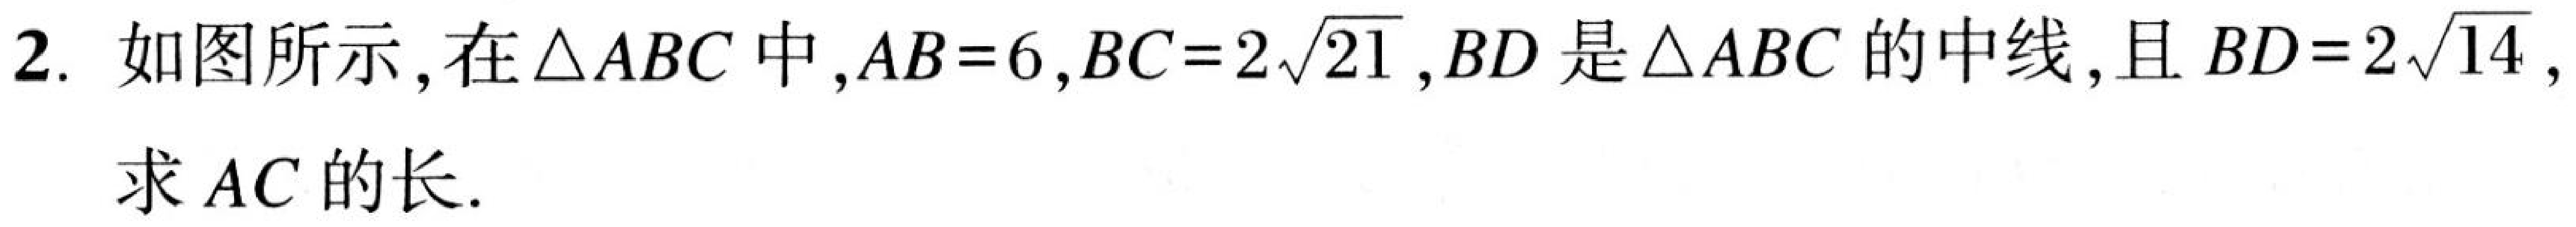
2. 如图所示，在$\triangle ABC$中，$AB = 6$，$BC = 2\sqrt{21}$，$BD$是$\triangle ABC$的中线，且$BD = 2\sqrt{14}$，
求$AC$的长.